画像に写った文字を読んでください
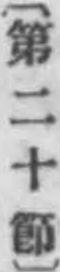
「〔第二十節〕」と書いてあります